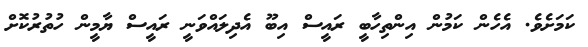
ކަމަށެވެ. އެހެން ކަމުން އިންތިހާބީ ރައީސް އިބޫ އެދިލައްވަނީ ރައީސް ޔާމީން ހުތުރުކޮށް